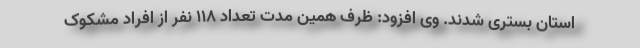
استان بستری شدند. وی افزود: ظرف همین مدت تعداد ۱۱۸ نفر از افراد مشکوک